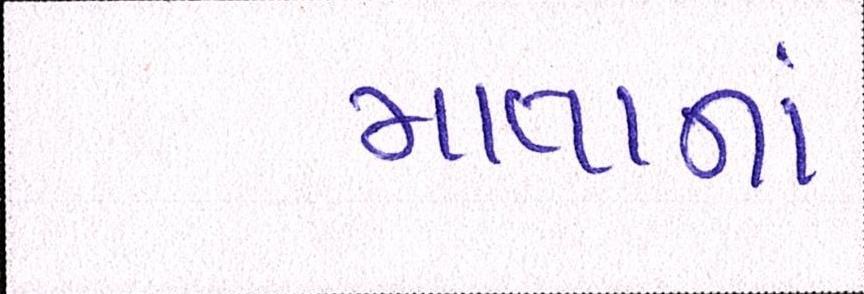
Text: માતાનાં